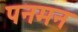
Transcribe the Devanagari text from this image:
पनमन